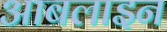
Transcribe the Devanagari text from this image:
आबलाइन